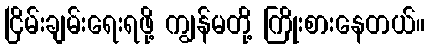
ငြိမ်းချမ်းရေးရဖို့ ကျွန်မတို့ ကြိုးစားနေတယ်။